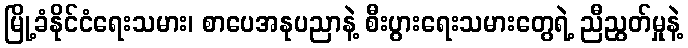
မြို့ခံနိုင်ငံရေးသမား၊ စာပေအနုပညာနဲ့ စီးပွားရေးသမားတွေရဲ့ ညီညွတ်မှုနဲ့